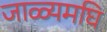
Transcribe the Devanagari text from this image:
जाळ्यमघि